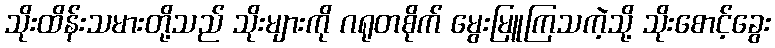
သိုးထိန်းသမားတို့သည် သိုးများကို ဂရုတစိုက် မွေးမြူကြသကဲ့သို့ သိုးစောင့်ခွေး